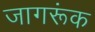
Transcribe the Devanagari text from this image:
जागरूंक